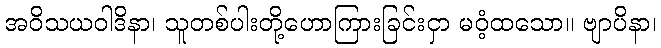
အဝိသယဝါဒိနာ၊ သူတစ်ပါးတို့ဟောကြားခြင်းငှာ မဝံ့ထသော။ ဗျာပိနာ၊